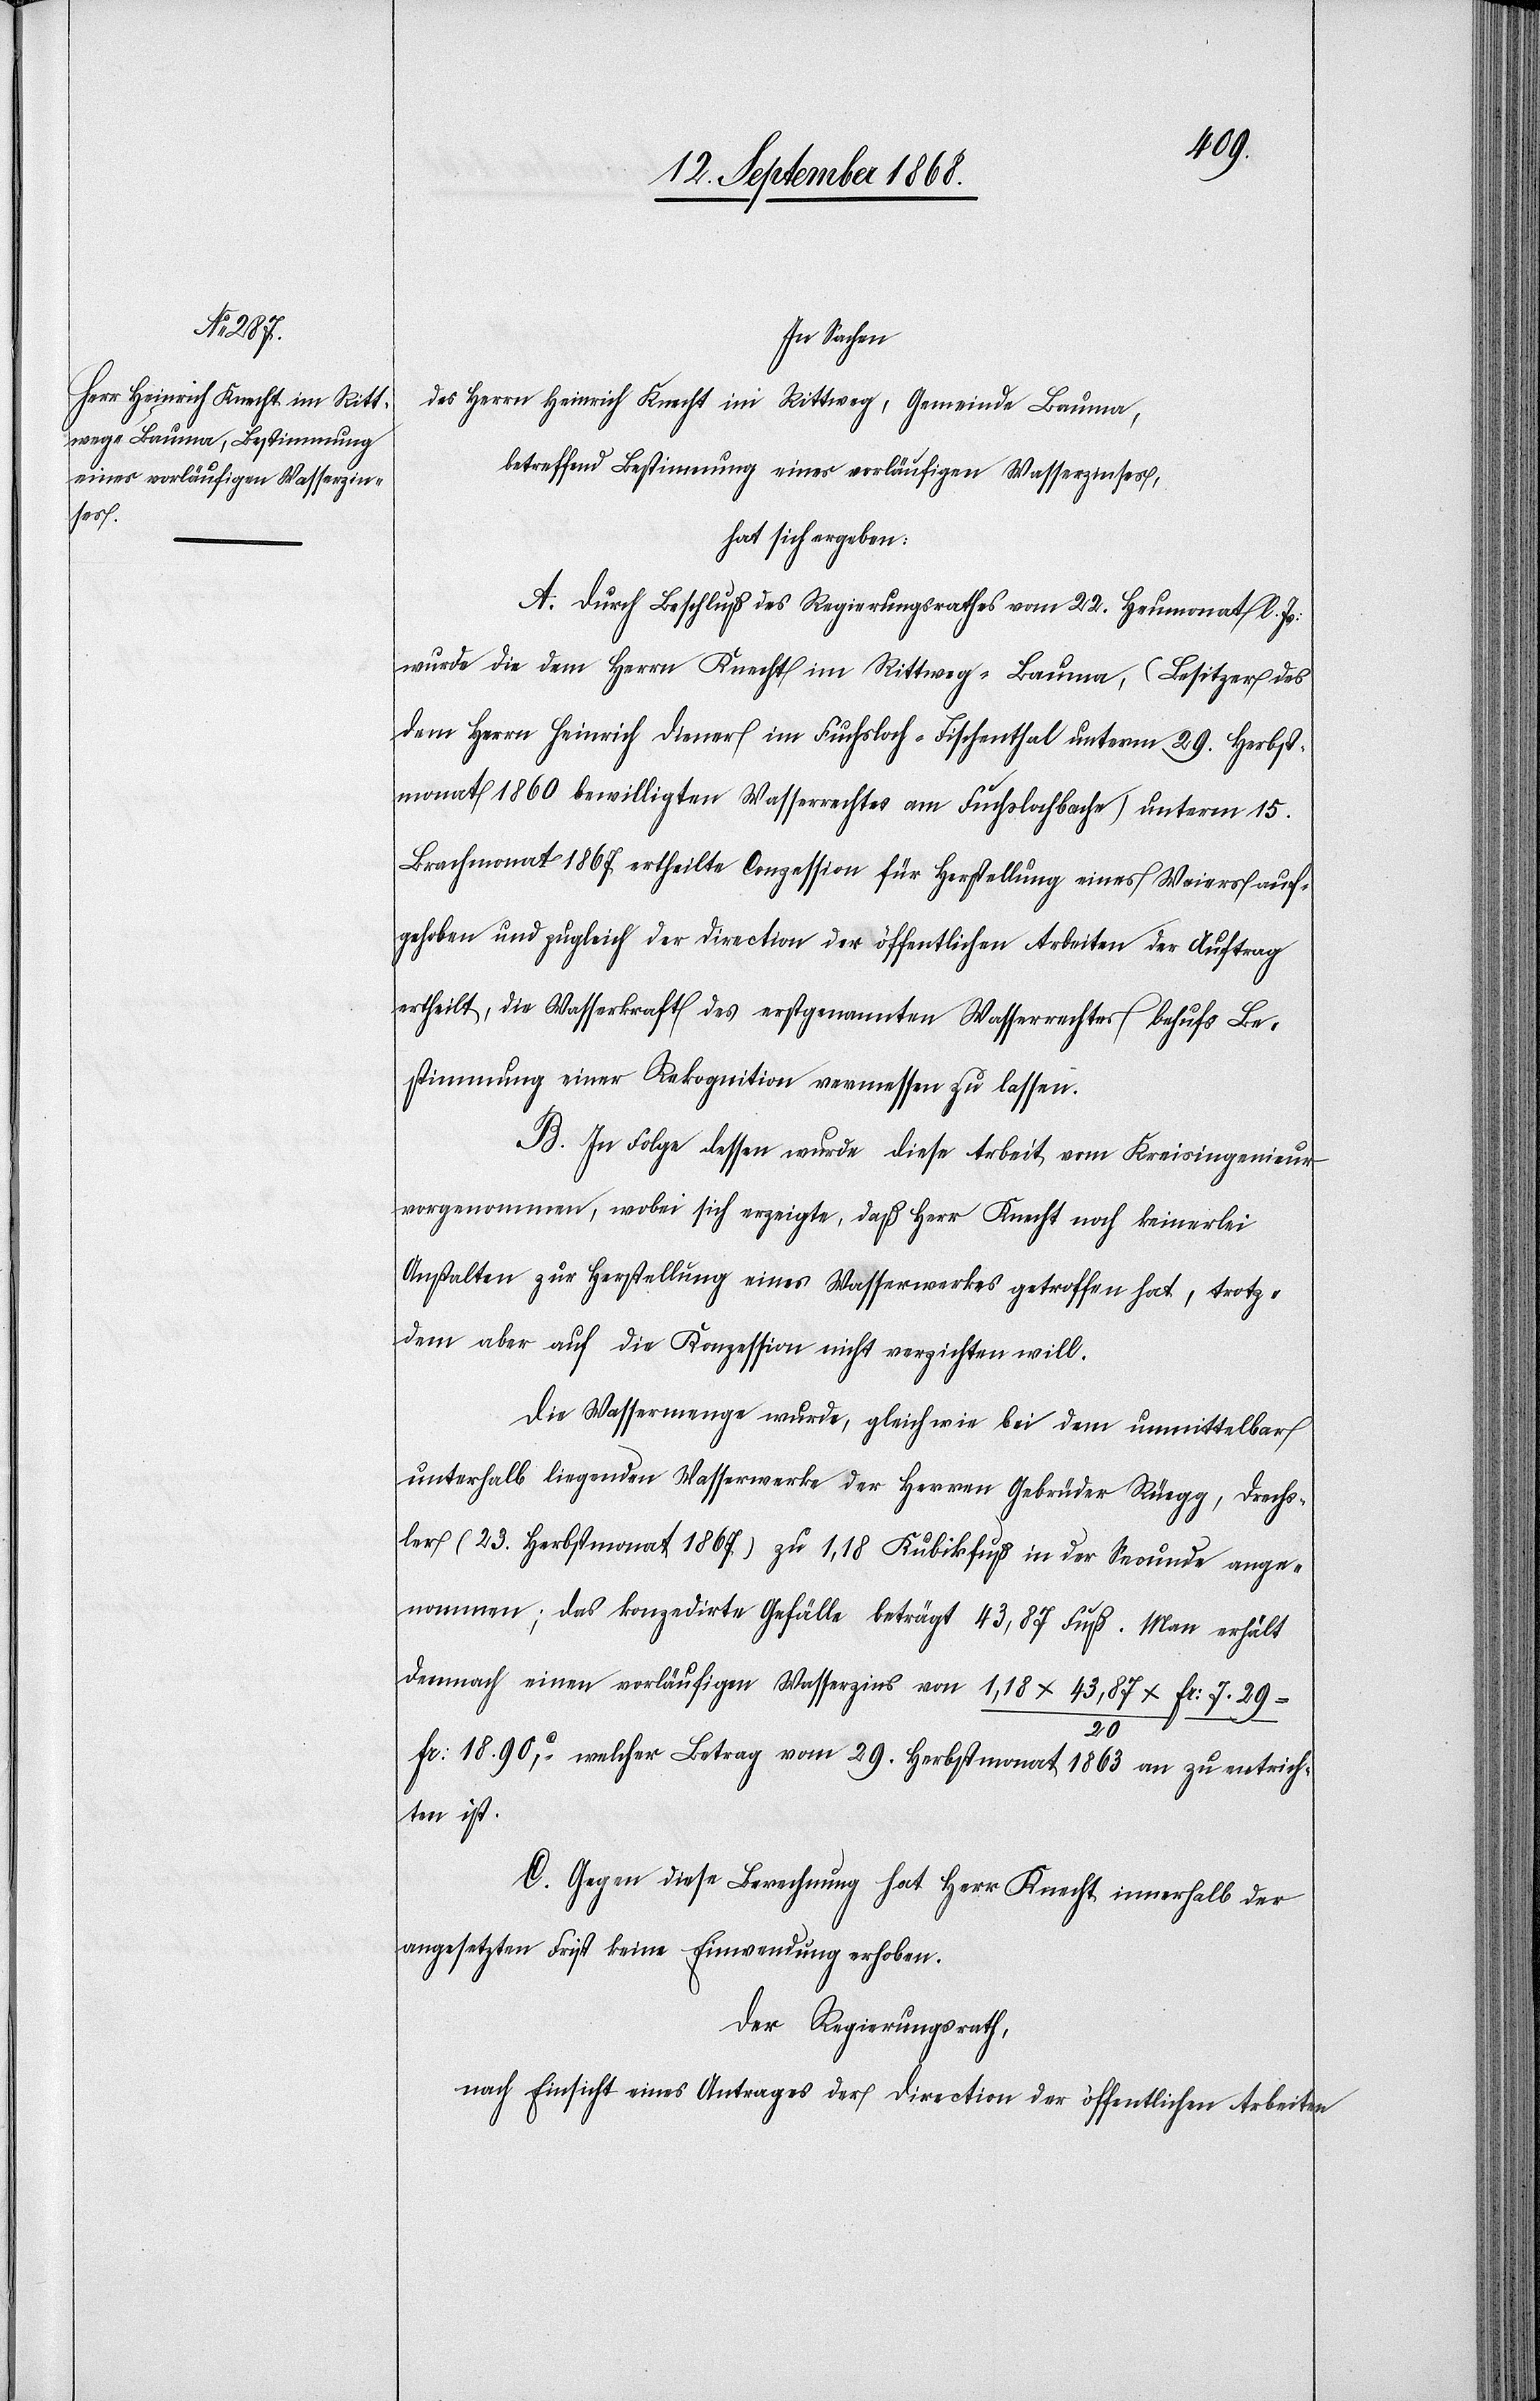
In Sachen
des Herrn Heinrich Knecht im Rittweg, Gemeinde Bauma,
betreffend Bestimmung eines vorläufigen Wasserzinses,
hat sich ergeben:
A. Durch Beschluß des Regierungsrathes vom 22. Heumonat l. Js:
wurde die dem Herrn Knecht im Rittweg - Bauma, (Besitzer des
dem Herrn Heinrich Diener im Fuchsloch - Fischenthal unterm 29. Herbst¬
monat 1860 bewilligten Wasserrechtes am Fuchslochbache) unterm 15.
Brachmonat 1867 ertheilte Conzession für Herstellung eines Weiers auf¬
gehoben und zugleich der Direction der öffentlichen Arbeiten der Auftrag
ertheilt, die Wasserkraft des erstgenannten Wasserrechtes behufs Be¬
stimmung einer Rekognition vermessen zu lassen.
B. In Folge dessen wurde diese Arbeit vom Kreisingenieur
vorgenommen, wobei sich erzeigte, daß Herr Knecht noch keinerlei
Anstalten zur Herstellung eines Wasserwerkes getroffen hat, trotz¬
dem aber auf die Konzession nicht verzichten will.
Die Wassermenge wurde, gleich wie bei dem unmittelbar
unterhalb liegenden Wasserwerke der Herren Gebrüder Rüegg, Drechs¬
ler (23. Herbstmonat 1867) zu 1,18 Kubikfuß in der Secunde ange¬
nommen; das konzedirte Gefälle beträgt 43,87 Fuß. Man erhält
demnach einen vorläufigen Wasserzins von 1,18 x 43,87 x Fr: 7. 29 /
Fr: 18. 90c, welcher Betrag vom 29. Herbstmonat 1863 an zu entrich¬
ten ist.
C. Gegen diese Berechnung hat Herr Knecht innerhalb der
angesetzten Frist keine Einwendung erhoben.
Der Regierungsrath,
nach Einsicht eines Antrages der Direction der öffentlichen Arbeiten